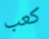
كعب